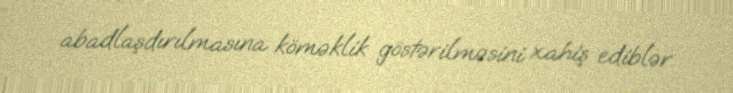
abadlaşdırılmasına köməklik göstərilməsini xahiş ediblər.